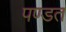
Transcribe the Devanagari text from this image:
पण्डत